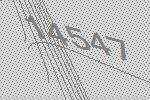
14547